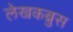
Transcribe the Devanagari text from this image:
लेखकब्रुस